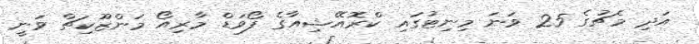
އަދި މެޗުގެ 25 ވަނަ މިނިޓުގައި ކްރޮއޭޝިއާގެ ފޯވަޑް މާރިއޯ މަންޒޫކިޗް ވަނީ